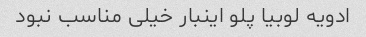
ادویه لوبیا پلو اینبار خیلی مناسب نبود